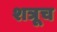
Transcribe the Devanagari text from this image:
शत्रूच